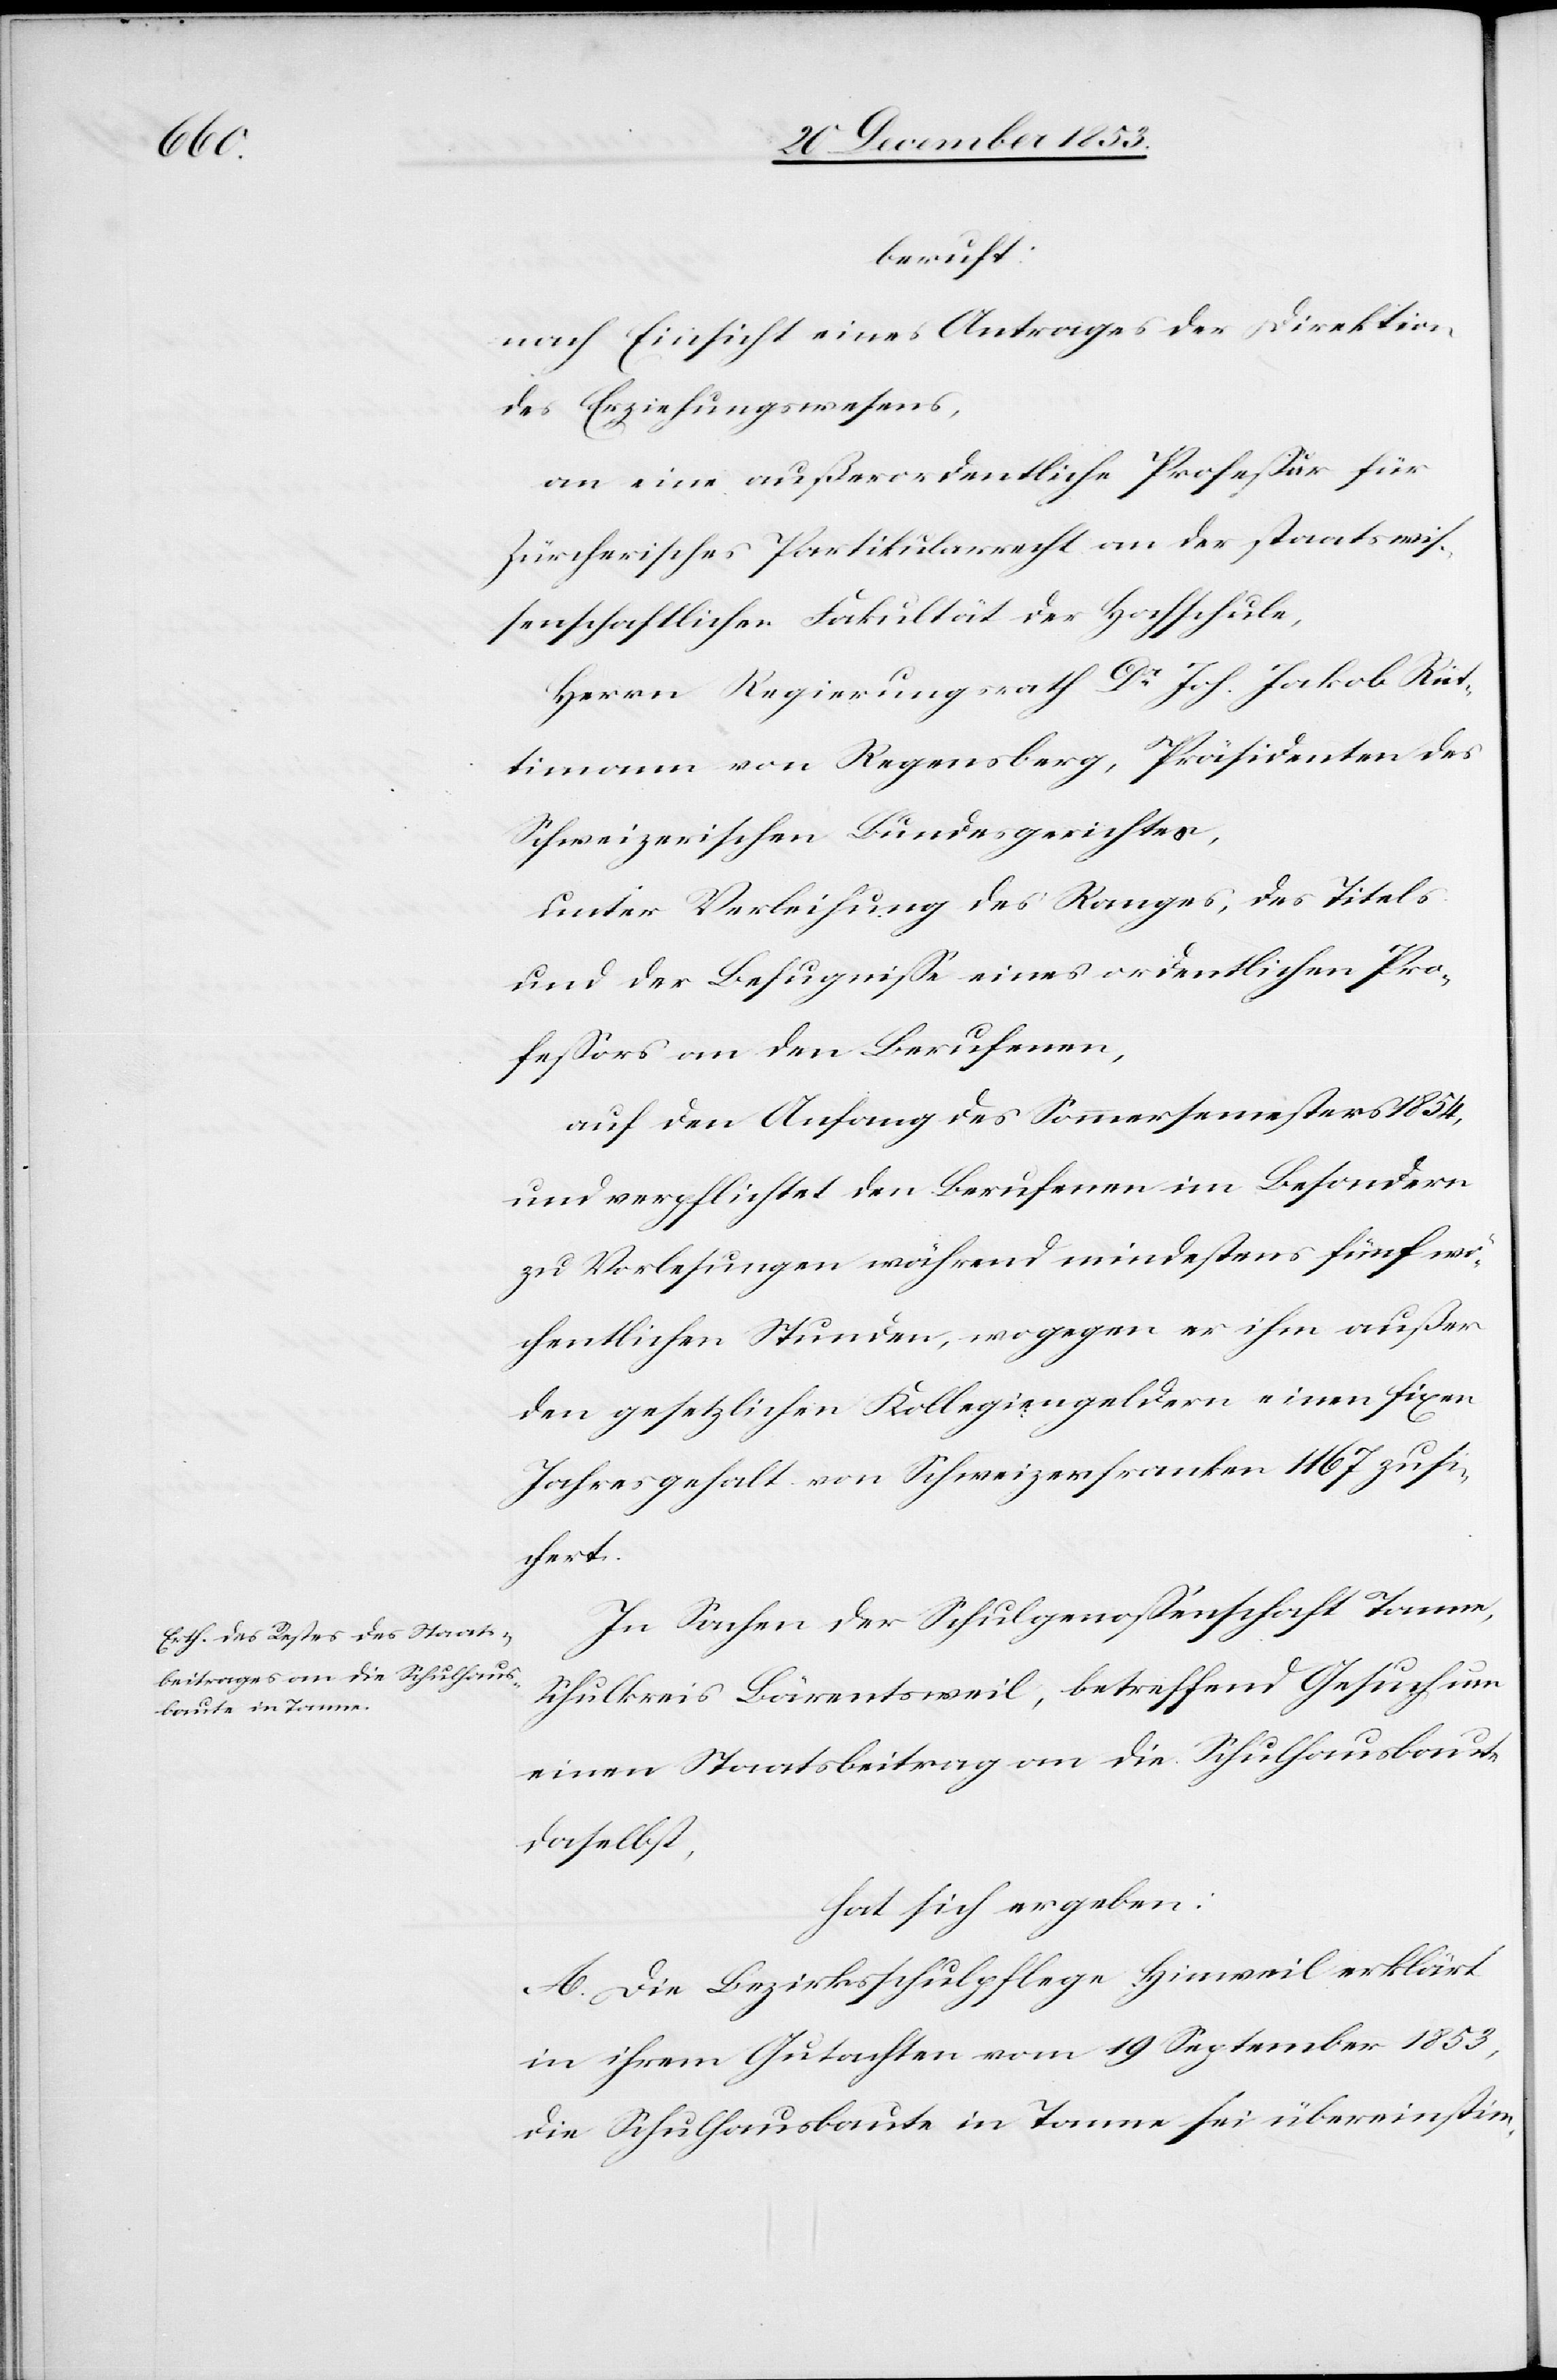
nach Einsicht eines Antrages der Direktion
des Erziehungswesens,
an eine außerordentliche Profeßur für
Züricherisches Partikularrecht an der staatswis¬
senschaftlichen Fakultät der Hochschule,
Herrn Regierungsrath Dr Joh. Jakob Rüt¬
timann von Regensberg, Präsidenten des
Schweizerischen Bundesgerichtes,
unter Verleihung des Ranges, des Titels
und der Befugniße eines ordentlichen Pro¬
feßors an den Berufenen,
auf den Anfang des Sommersemesters 1854,
und verpflichtet den Berufenen im Besondern
zu Vorlesungen während mindestens fünf wö¬
chentlichen Stunden, wogegen es ihm außer
den gesetzlichen Kollegiengeldern einen fixen
Jahresgehalt von Schweizerfranken 1167 zusi¬
chert.
In Sachen der Schulgenoßenschaft Tanne,
Schulkreis Bärentsweil, betreffend Gesuch um
einen Staatsbeitrag an die Schulhausbaute
daselbst,
hat sich ergeben:
A. Die Bezirksschulpflege Hinweil erklärt
in ihrem Gutachten vom 19 September 1853,
die Schulhausbaute in Tanne sei übereinstim-